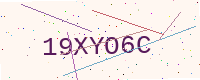
Text: 19XYO6C